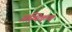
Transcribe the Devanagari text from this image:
अस्थिकण